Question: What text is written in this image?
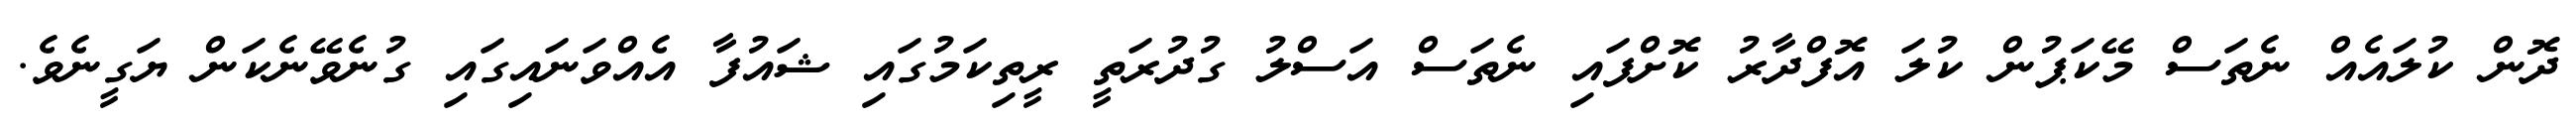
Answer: ދޮން ކުލައެއް ނެތަސް މޭކަޕުން ކުލަ އޮފްދާރު ކޮށްފައި ނެތަސް އަސްލު ގުދުރަތީ ރީތިކަމުގައި ޝައުފާ އެއްވަނައިގައި ގުނެވޭނެކަން ޔަގީނެވެ.